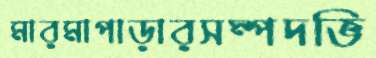
মারমাপাড়ারসম্পদভি